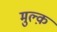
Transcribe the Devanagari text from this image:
मुल्क़